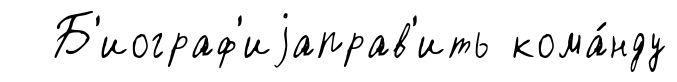
Б'иограф'иjаправ'ить кома́нду